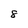
Character: 8